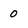
Character: 0